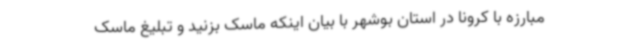
مبارزه با کرونا در استان بوشهر با بیان اینکه ماسک بزنید و تبلیغ ماسک